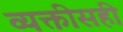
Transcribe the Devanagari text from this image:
व्यक्तीसही